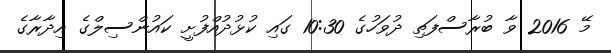
މޭ 2016 ވާ ބުރާސްފަތި ދުވަހުގެ 10:30 ގައި ކުޅުދުއްފުށީ ކައުންސިލްގެ އިދާރާގެ